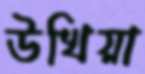
উখিয়া